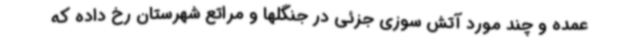
عمده و چند مورد آتش سوزی جزئی در جنگلها و مراتع شهرستان رخ داده که